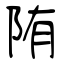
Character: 陏